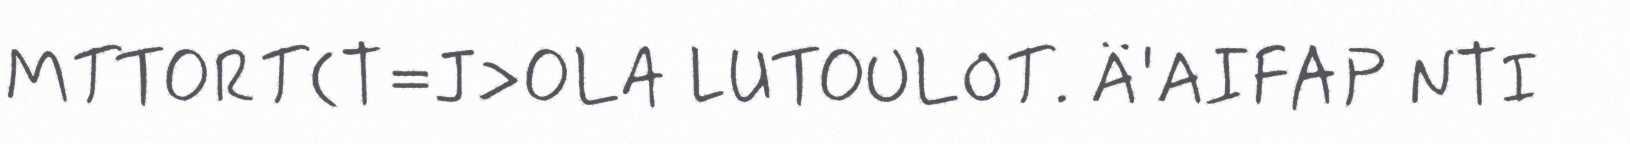
MTTORT(T=J>OLA LUTOULOT. Ä'AIFAP NTI